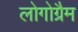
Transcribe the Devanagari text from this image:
लोगोग्रैम